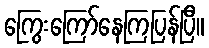
ကြွေးကြော်နေကြပြန်ပြီ။